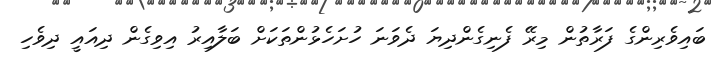
ބައިވެރިންގެ ފަރާތުން މިރޭ ފެނިގެންދިޔަ ދެވަނަ ހުށަހެޅުންތަކަށް ބަލާއިރު އިވިގެން ދިއައީ ދިވެހި